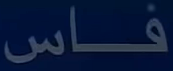
فاس